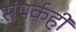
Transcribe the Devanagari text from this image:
संपर्कही